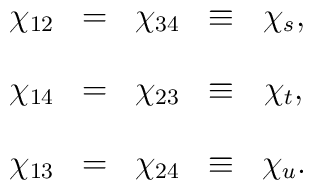
\begin{array}{rclrcl}    \chi_{12}&=&\chi_{34}&\equiv&\chi_s,\\[12pt]    \chi_{14}&=&\chi_{23}&\equiv&\chi_t,\\[12pt]    \chi_{13}&=&\chi_{24}&\equiv&\chi_u.\\[12pt]  \end{array}